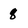
Character: 8